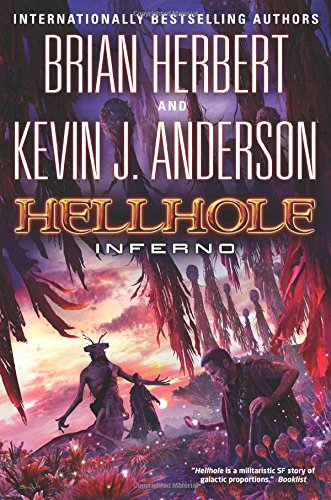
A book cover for Hellhole Inferno (The Hellhole Trilogy); Brian Herbert; Science Fiction & Fantasy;